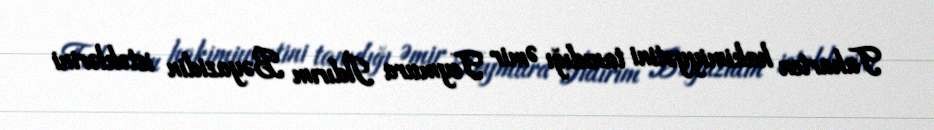
Taharten hakimiyyətini tanıdığı Əmir Teymura İldırım Bəyazidin istəklərini